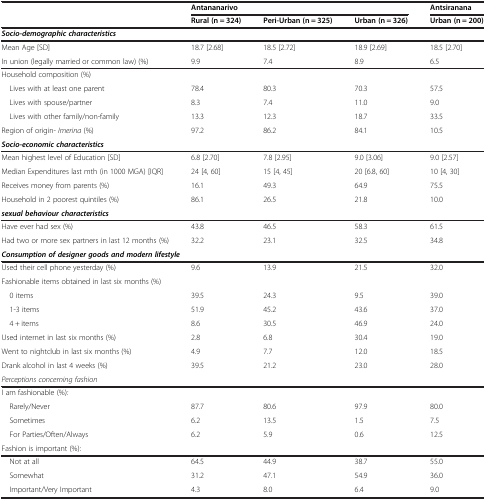
<table><thead><tr><td><b> </b></td><td colspan="3"><b>Antananarivo</b></td><td><b>Antsiranana</b></td></tr><tr><td><b> </b></td><td><b>Rural (n = 324)</b></td><td><b>Peri-Urban (n = 325)</b></td><td><b>Urban (n = 326)</b></td><td><b>Urban (n = 200)</b></td></tr></thead><tbody><tr><td colspan="5"><b><i>Socio-demographic characteristics</i></b></td></tr><tr><td>Mean Age [SD]</td><td>18.7 [2.68]</td><td>18.5 [2.72]</td><td>18.9 [2.69]</td><td>18.5 [2.70]</td></tr><tr><td>In union (legally married or common law) (%)</td><td>9.9</td><td>7.4</td><td>8.9</td><td>6.5</td></tr><tr><td>Household composition (%)</td><td> </td><td> </td><td> </td><td> </td></tr><tr><td> Lives with at least one parent</td><td>78.4</td><td>80.3</td><td>70.3</td><td>57.5</td></tr><tr><td> Lives with spouse/partner</td><td>8.3</td><td>7.4</td><td>11.0</td><td>9.0</td></tr><tr><td> Lives with other family/non-family</td><td>13.3</td><td>12.3</td><td>18.7</td><td>33.5</td></tr><tr><td>Region of origin- <i>Imerina</i> (%)</td><td>97.2</td><td>86.2</td><td>84.1</td><td>10.5</td></tr><tr><td colspan="5"><b><i>Socio-economic characteristics</i></b></td></tr><tr><td>Mean highest level of Education [SD]</td><td>6.8 [2.70]</td><td>7.8 [2.95]</td><td>9.0 [3.06]</td><td>9.0 [2.57]</td></tr><tr><td>Median Expenditures last mth (in 1000 MGA) [IQR]</td><td>24 [4, 60]</td><td>15 [4, 45]</td><td>20 [6.8, 60]</td><td>10 [4, 30]</td></tr><tr><td>Receives money from parents (%)</td><td>16.1</td><td>49.3</td><td>64.9</td><td>75.5</td></tr><tr><td>Household in 2 poorest quintiles (%)</td><td>86.1</td><td>26.5</td><td>21.8</td><td>10.0</td></tr><tr><td colspan="5"><b><i>sexual behaviour characteristics</i></b></td></tr><tr><td>Have ever had sex (%)</td><td>43.8</td><td>46.5</td><td>58.3</td><td>61.5</td></tr><tr><td>Had two or more sex partners in last 12 months (%)</td><td>32.2</td><td>23.1</td><td>32.5</td><td>34.8</td></tr><tr><td colspan="5"><b><i>Consumption of designer goods and modern lifestyle</i></b></td></tr><tr><td>Used their cell phone yesterday (%)</td><td>9.6</td><td>13.9</td><td>21.5</td><td>32.0</td></tr><tr><td>Fashionable items obtained in last six months (%)</td><td> </td><td> </td><td> </td><td> </td></tr><tr><td> 0 items</td><td>39.5</td><td>24.3</td><td>9.5</td><td>39.0</td></tr><tr><td> 1-3 items</td><td>51.9</td><td>45.2</td><td>43.6</td><td>37.0</td></tr><tr><td> 4 + items</td><td>8.6</td><td>30.5</td><td>46.9</td><td>24.0</td></tr><tr><td>Used internet in last six months (%)</td><td>2.8</td><td>6.8</td><td>30.4</td><td>19.0</td></tr><tr><td>Went to nightclub in last six months (%)</td><td>4.9</td><td>7.7</td><td>12.0</td><td>18.5</td></tr><tr><td>Drank alcohol in last 4 weeks (%)</td><td>39.5</td><td>21.2</td><td>23.0</td><td>28.0</td></tr><tr><td><i>Perceptions concerning fashion</i></td><td> </td><td> </td><td> </td><td> </td></tr><tr><td>I am fashionable (%)<i>:</i></td><td> </td><td> </td><td> </td><td> </td></tr><tr><td> Rarely/Never</td><td>87.7</td><td>80.6</td><td>97.9</td><td>80.0</td></tr><tr><td> Sometimes</td><td>6.2</td><td>13.5</td><td>1.5</td><td>7.5</td></tr><tr><td> For Parties/Often/Always</td><td>6.2</td><td>5.9</td><td>0.6</td><td>12.5</td></tr><tr><td>Fashion is important (%):</td><td> </td><td> </td><td> </td><td> </td></tr><tr><td> Not at all</td><td>64.5</td><td>44.9</td><td>38.7</td><td>55.0</td></tr><tr><td> Somewhat</td><td>31.2</td><td>47.1</td><td>54.9</td><td>36.0</td></tr><tr><td> Important/Very Important</td><td>4.3</td><td>8.0</td><td>6.4</td><td>9.0</td></tr></tbody></table>